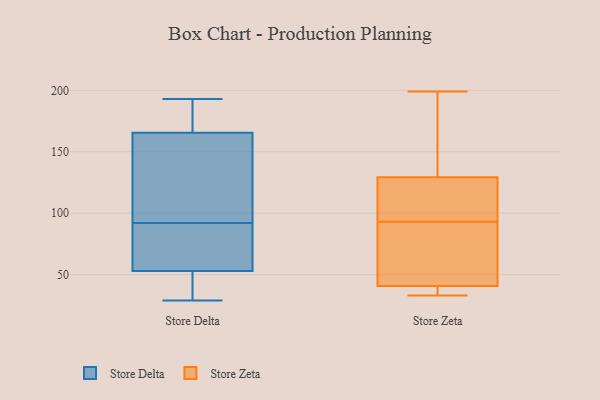
{"axis": {"x": "Customer Acquisition Cost (USD)", "y": "Value"}, "legend": ["Store Delta", "Store Zeta"], "data": [{"x": "", "y": 54, "type": "Store Delta"}, {"x": "", "y": 160, "type": "Store Delta"}, {"x": "", "y": 77, "type": "Store Delta"}, {"x": "", "y": 29, "type": "Store Delta"}, {"x": "", "y": 62, "type": "Store Delta"}, {"x": "", "y": 32, "type": "Store Delta"}, {"x": "", "y": 105, "type": "Store Delta"}, {"x": "", "y": 193, "type": "Store Delta"}, {"x": "", "y": 92, "type": "Store Delta"}, {"x": "", "y": 154, "type": "Store Delta"}, {"x": "", "y": 182, "type": "Store Delta"}, {"x": "", "y": 50, "type": "Store Delta"}, {"x": "", "y": 185, "type": "Store Delta"}, {"x": "", "y": 57, "type": "Store Zeta"}, {"x": "", "y": 132, "type": "Store Zeta"}, {"x": "", "y": 101, "type": "Store Zeta"}, {"x": "", "y": 37, "type": "Store Zeta"}, {"x": "", "y": 199, "type": "Store Zeta"}, {"x": "", "y": 36, "type": "Store Zeta"}, {"x": "", "y": 93, "type": "Store Zeta"}, {"x": "", "y": 162, "type": "Store Zeta"}, {"x": "", "y": 52, "type": "Store Zeta"}, {"x": "", "y": 121, "type": "Store Zeta"}, {"x": "", "y": 33, "type": "Store Zeta"}]}